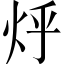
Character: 烀